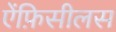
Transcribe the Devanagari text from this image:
ऐंफ़िसीलस